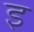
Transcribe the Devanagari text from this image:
इ